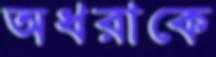
অধরাকে